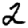
Digit: 2